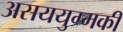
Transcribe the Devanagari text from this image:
असययुग्मकी